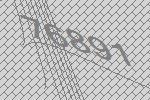
76891